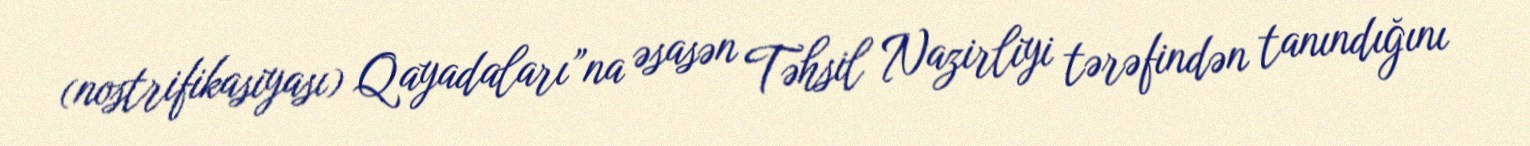
(nostrifikasiyası) Qayadaları”na əsasən Təhsil Nazirliyi tərəfindən tanındığını